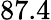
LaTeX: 87.4